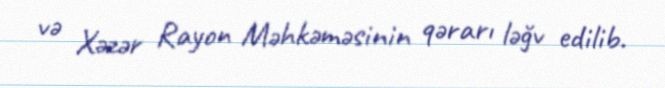
və Xəzər Rayon Məhkəməsinin qərarı ləğv edilib.